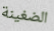
الضغينة